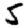
Digit: 5